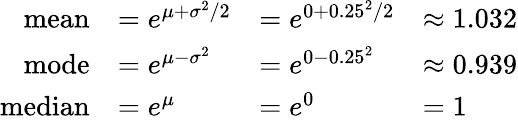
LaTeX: {\begin{array}{rlll}{{\mathrm{mean}}}&{=e^{\mu+\sigma^{2}/2}}&{=e^{0+0.25^{2}/2}}&{\approx 1.032}\\ {{\mathrm{mode}}}&{=e^{\mu-\sigma^{2}}}&{=e^{0-0.25^{2}}}&{\approx 0.939}\\ {{\mathrm{median}}}&{=e^{\mu}}&{=e^{0}}&{=1}\end{array}}